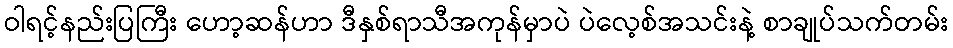
ဝါရင့်နည်းပြကြီး ဟော့ဆန်ဟာ ဒီနှစ်ရာသီအကုန်မှာပဲ ပဲလေ့စ်အသင်းနဲ့ စာချုပ်သက်တမ်း